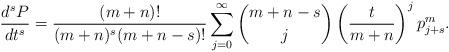
LaTeX: \begin{align*} \frac{d^sP}{dt^s} = \frac{(m+n)!}{(m+n)^s(m+n-s)!}\sum_{j=0}^\infty\binom{m+n-s}{j}\left(\frac{t}{m+n}\right)^j p_{j+s}^m . \end{align*}